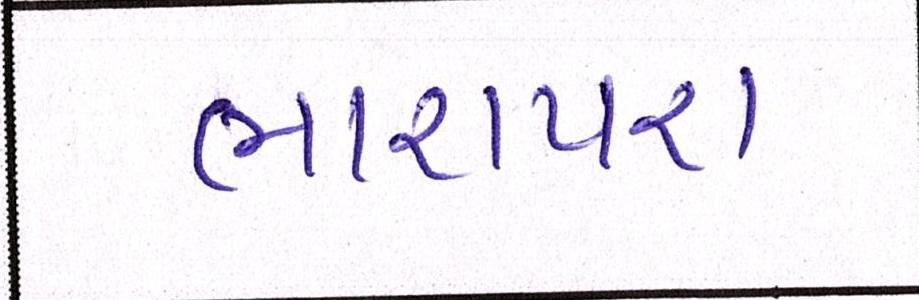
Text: ભારાપરા